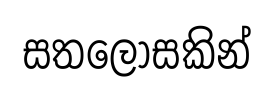
සතලොසකින්